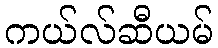
ကယ်လ်ဆီယမ်